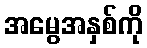
အမွေအနှစ်ကို